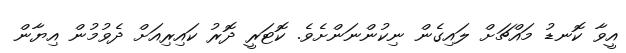
އީވާ ކޮނޑު މައްޗަށް ލައިގެން ނިކުންނަންށެވެ. ކޮޓަރީ ދޮރު ކައިރިއަށް ދެވުމުން އިޔާން